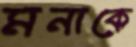
মনাকে